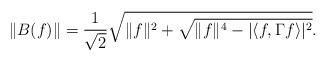
LaTeX: \begin{align*}\|B(f)\|=\frac{1}{\sqrt{2}}\sqrt{\|f\|^2+\sqrt{\|f\|^4-|\langle f,\Gamma f\rangle|^2}}.\end{align*}